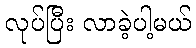
လုပ်ပြီး လာခဲ့ပါ့မယ်